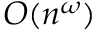
O ( n ^ { \omega } )